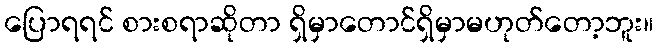
ပြောရရင် စားစရာဆိုတာ ရှိမှာတောင်ရှိမှာမဟုတ်တော့ဘူး။